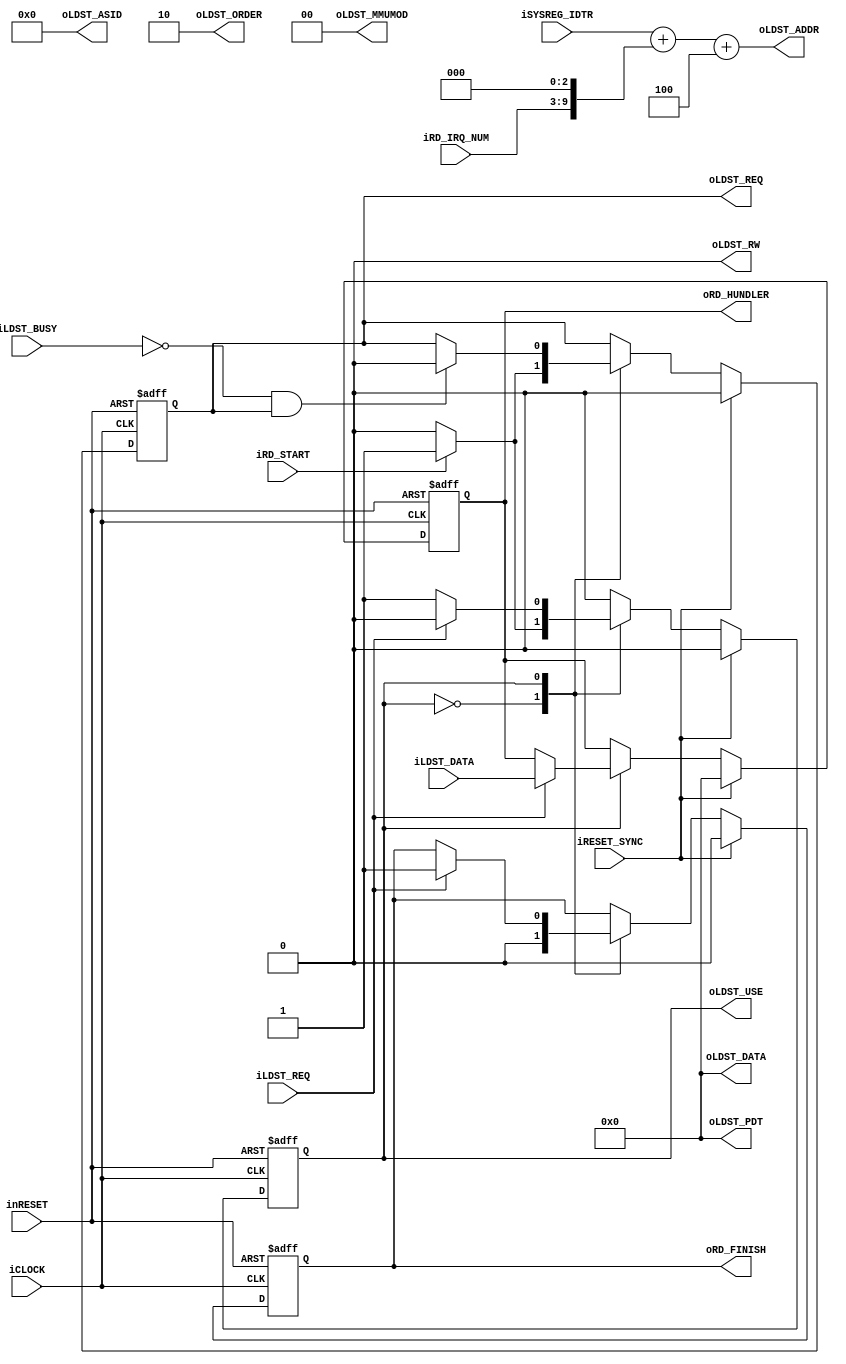
module pipeline_control_hundler_read(
		input wire iCLOCK,
		input wire inRESET,
		input wire iRESET_SYNC,
		//System Register
		input wire [31:0] iSYSREG_IDTR,
		//Request
		input wire iRD_START,
		input wire [6:0] iRD_IRQ_NUM,
		output wire oRD_FINISH,
		output wire [31:0] oRD_HUNDLER,
		//Load Store
		output wire oLDST_USE,
		output wire oLDST_REQ,
		input wire iLDST_BUSY,
		output wire [1:0] oLDST_ORDER,	//00=Byte Order 01=2Byte Order 10= Word Order 11= None
		output wire oLDST_RW,		//0=Read 1=Write
		output wire [13:0] oLDST_ASID,
		output wire [1:0] oLDST_MMUMOD,
		output wire [31:0] oLDST_PDT,
		output wire [31:0] oLDST_ADDR,
		output wire [31:0] oLDST_DATA,
		input wire iLDST_REQ,
		input wire [31:0] iLDST_DATA
		
	);


	localparam L_PARAM_INTHUNDLE_STT_IDLE = 1'b0;
	localparam L_PARAM_INTHUNDLE_STT_LOAD = 1'b1;

	reg b_inthundl_read_state;
	reg b_inthundl_read;
	reg b_inthundl_readend;
	reg [31:0] b_inthundl_idt_data;


	wire [31:0] inthundle_read_addr = iSYSREG_IDTR + {iRD_IRQ_NUM, 3'h0} + 32'h4;

	always@(posedge iCLOCK or negedge inRESET)begin
		if(!inRESET)begin
			b_inthundl_read_state <= L_PARAM_INTHUNDLE_STT_IDLE;
			b_inthundl_read <= 1'b0;
			b_inthundl_readend <= 1'b0;
			b_inthundl_idt_data <= 32'h0;
		end
		else if(iRESET_SYNC)begin
			b_inthundl_read_state <= L_PARAM_INTHUNDLE_STT_IDLE;
			b_inthundl_read <= 1'b0;
			b_inthundl_readend <= 1'b0;
			b_inthundl_idt_data <= 32'h0;
		end
		else begin
			case(b_inthundl_read_state)
				L_PARAM_INTHUNDLE_STT_IDLE:
					begin
						if(iRD_START)begin
							b_inthundl_read_state <= L_PARAM_INTHUNDLE_STT_LOAD;
							b_inthundl_read <= 1'b1;
						end
						else begin
							b_inthundl_read <= 1'b0;
						end
						b_inthundl_readend <= 1'b0;
					end
				L_PARAM_INTHUNDLE_STT_LOAD:
					begin
						//Read Request
						if(!iLDST_BUSY && b_inthundl_read)begin
							b_inthundl_read <= 1'b0;
						end
						//Get Check
						if(iLDST_REQ)begin
							b_inthundl_readend <= 1'b1;
							b_inthundl_read_state <= L_PARAM_INTHUNDLE_STT_IDLE;
							b_inthundl_idt_data <= iLDST_DATA;
						end
					end
			endcase
		end
	end


	assign oRD_FINISH = b_inthundl_readend;
	assign oRD_HUNDLER = b_inthundl_idt_data;

	



	assign oLDST_USE = b_inthundl_read_state == L_PARAM_INTHUNDLE_STT_LOAD;
	assign oLDST_REQ = b_inthundl_read;
	assign oLDST_ORDER = 2'h2;	//00=Byte Order 01=2Byte Order 10= Word Order 11= None
	assign oLDST_RW = 1'b0;		//0=Read 1=Write
	assign oLDST_ASID = 14'h0;
	assign oLDST_MMUMOD = 2'h0;
	assign oLDST_PDT = 32'h0;
	assign oLDST_ADDR = inthundle_read_addr;
	assign oLDST_DATA = 32'h0;

endmodule